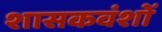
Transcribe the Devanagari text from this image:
शासकवंशों